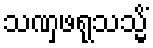
သဏှဖရုသသ္မိံ